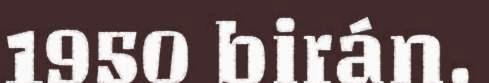
1950 birán.